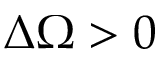
\Delta \Omega > 0